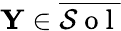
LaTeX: \mathbf{Y}\in\overline{{\mathcal{S}\mathrm{~o~l~}}}